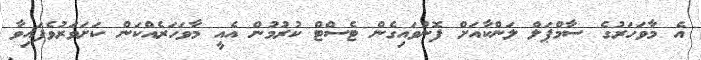
އެ މާވަހަރުގެ ސާމްޕަލް ލަންކާއަށް ފޮނުވައިގެން ޓެސްޓް ކުރުމުން އެއީ މާވަހަރެއްކަން ކަށަވަރުވެފައިވާ